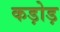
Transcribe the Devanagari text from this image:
कड़ोड़